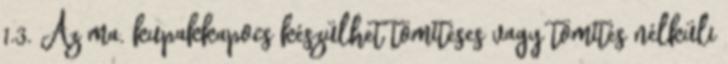
1.3. Az ma. kupakkapocs készülhet tömítéses vagy tömítés nélküli